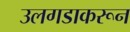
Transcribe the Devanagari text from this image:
उलगडाकरून